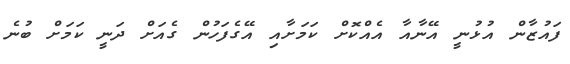
ފައުޒާން އުޅުނީ އޭނާއާ އެއްކޮށް ކަމަށާއި އޭގެފަހުން ގެއަށް ދަނީ ކަމަށް ބުނެ